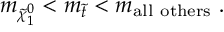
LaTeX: m _ { \tilde { \chi } _ { 1 } ^ { 0 } } < m _ { \tilde { t } } < m _ { \mathrm { a l l ~ o t h e r s } } \ .